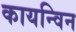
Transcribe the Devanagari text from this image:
कायन्विन